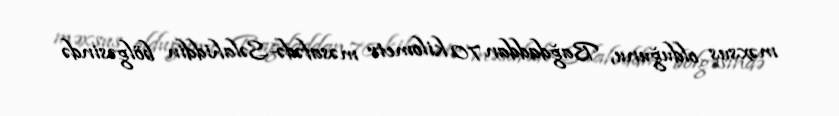
məxsus olduğunu, Bağdaddan 70 kilometr məsafədə-Səlahiddin bölgəsində